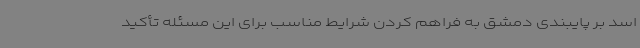
اسد بر پایبندی دمشق به فراهم کردن شرایط مناسب برای این مسئله تأکید